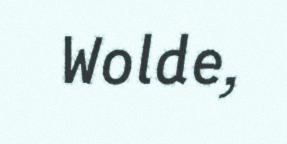
Wolde,